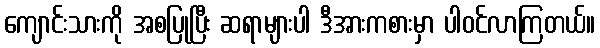
ကျောင်းသားကို အစပြုပြီး ဆရာများပါ ဒီအားကစားမှာ ပါဝင်လာကြတယ်။